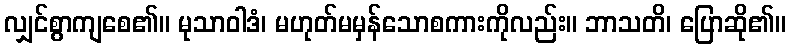
လျှင်စွာကျစေ၏။ မုသာဝါဒံ၊ မဟုတ်မမှန်သောစကားကိုလည်း။ ဘာသတိ၊ ပြောဆို၏။